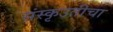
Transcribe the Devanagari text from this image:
संस्कृउतीचा